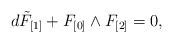
\begin{align*}d \tilde F_{[1]} + F_{[0]} \wedge F_{[2]} =0,\end{align*}